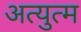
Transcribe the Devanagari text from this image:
अत्युत्म